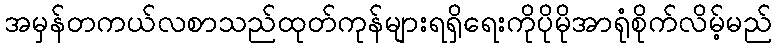
အမှန်တကယ်လစာသည်ထုတ်ကုန်များရရှိရေးကိုပိုမိုအာရုံစိုက်လိမ့်မည်